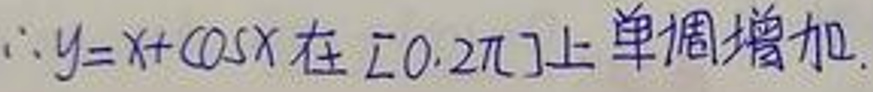
$\therefore y = x+\cos x$在$[0,2\pi]$上单调增加.